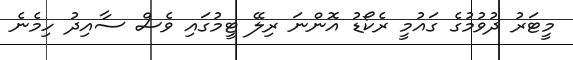
މީޓަރު ދުވުމުގެ ގައުމީ ރެކޯޑު އޮންނަ ރިލޭ ޓީމުގައި ވެސް ސާއިދު ހިމެނެ